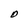
Character: O